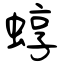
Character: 蜳